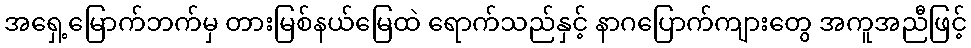
အရှေ့မြောက်ဘက်မှ တားမြစ်နယ်မြေထဲ ရောက်သည်နှင့် နာဂပြောက်ကျားတွေ အကူအညီဖြင့်